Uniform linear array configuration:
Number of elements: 4
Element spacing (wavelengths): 0.25
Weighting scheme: hann
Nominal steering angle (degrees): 45
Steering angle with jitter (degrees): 46.846
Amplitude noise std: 0.05
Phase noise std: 0.05

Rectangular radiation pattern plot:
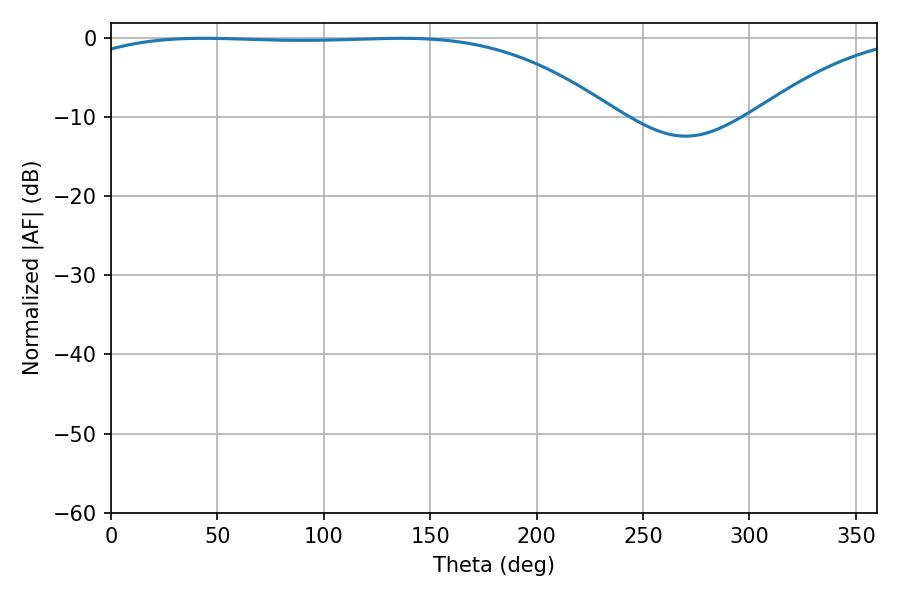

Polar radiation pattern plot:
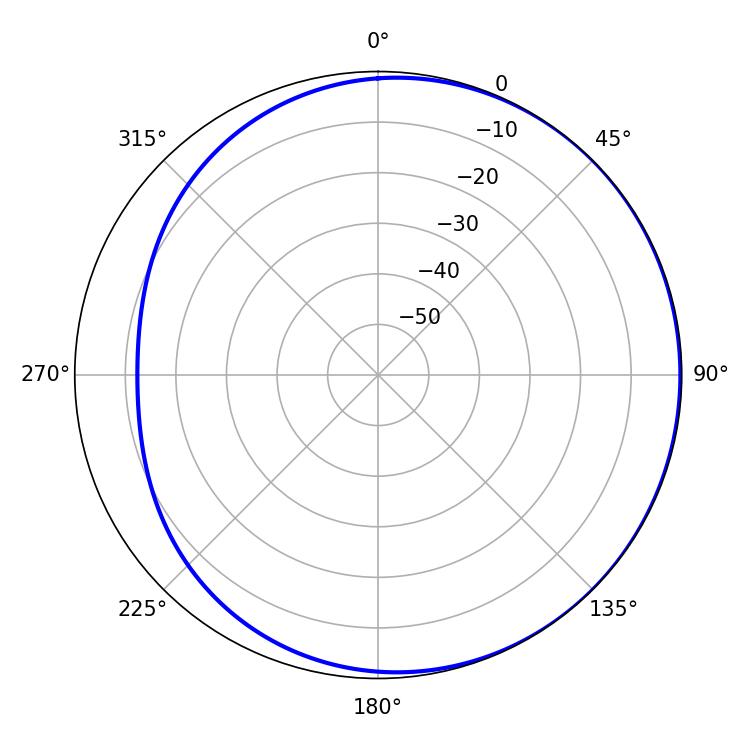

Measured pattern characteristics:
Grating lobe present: FALSE
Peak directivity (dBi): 1.038
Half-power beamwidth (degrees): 198
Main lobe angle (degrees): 43.74